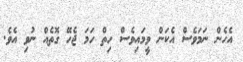
އެހެން ނަމަވެސް އެކަން ވީމައިވެސް ހިތް ހަމަ ޖެހޭ ގޮތެއް ނުވި އެވެ.